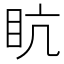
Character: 𥄦